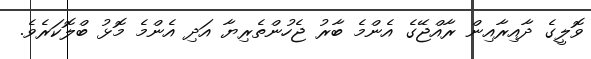
ވޮލީގެ ދާއިރާއިން ރާއްޖޭގެ އެންމެ ބާރު ޖެހުންތެރިޔާ އަދި އެންމެ މޮޅު ބްލޮކަރެވެ.